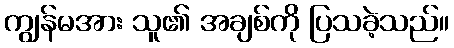
ကျွန်မအား သူ၏ အချစ်ကို ပြသခဲ့သည်။